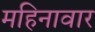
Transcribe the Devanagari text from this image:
महिनावार